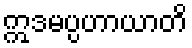
ဣဒမပ္ပဟာယာတိ